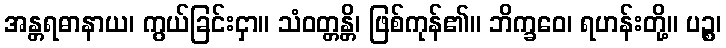
အန္တရဓာနာယ၊ ကွယ်ခြင်းငှာ။ သံဝတ္တန္တိ၊ ဖြစ်ကုန်၏။ ဘိက္ခဝေ၊ ရဟန်းတို့။ ပဉ္စ၊